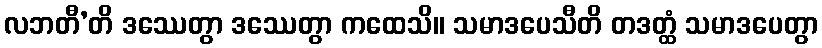
လဘတီ’တိ ဒဿေတွာ ဒဿေတွာ ကထေသိ။ သမာဒပေသီတိ တဒတ္ထံ သမာဒပေတွာ